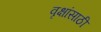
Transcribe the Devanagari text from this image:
वृक्षांसाठी